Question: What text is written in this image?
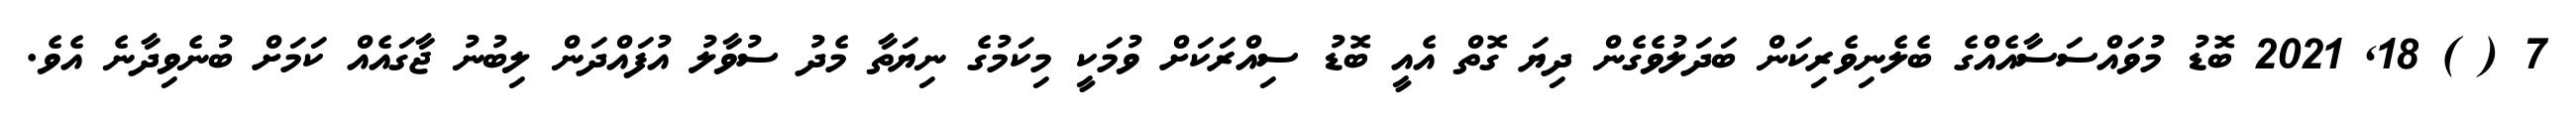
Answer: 7 ( ) 18, 2021 ބޮޑު މުވައްސަސާއެއްގެ ބެލެނިވެރިކަން ބަދަލުވެގެން ދިޔަ ގޮތް އެއީ ބޮޑު ސިއްރަކަށް ވުމަކީ މިކަމުގެ ނިޔަތާ މެދު ސުވާލު އުފައްދަން ލިބުނު ޖާގައެއް ކަމަށް ބުނެވިދާނެ އެވެ.